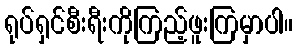
ရုပ်ရှင်စီးရီးကိုကြည့်ဖူးကြမှာပါ။